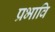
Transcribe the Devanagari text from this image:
प्रभावि